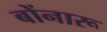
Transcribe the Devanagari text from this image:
बोंनारू